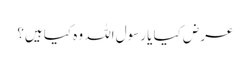
عرض کیا یا رسول اللہ وہ کیا ہیں؟